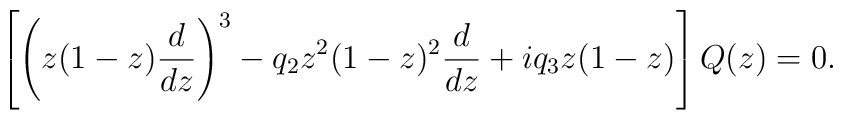
\left[ \left(z(1-z){d\over dz}\right)^3 -q_2z^2(1-z)^2 {d\over dz}  +i q_3 z(1-z) \right] Q(z)=0.